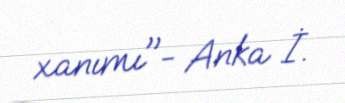
xanımı"- Anka İ.